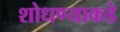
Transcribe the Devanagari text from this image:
शोधण्याकडे